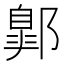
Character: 𨝲